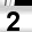
Digit: 2